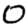
Digit: 0